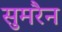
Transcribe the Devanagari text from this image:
सुमरैन